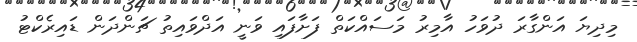
މިދިޔަ އަންގާރަ ދުވަހު އާމިރު މަސައްކަތް ފަށާފައި ވަނީ އަދްވައިތު ޗަންދަން ޑައިރެކްޓު